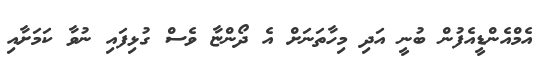
އެމްއެންޑީއެފުން ބުނީ އަދި މިހާތަނަށް އެ ދޯންޏާ ވެސް ގުޅިފައި ނުވާ ކަމަށާއި